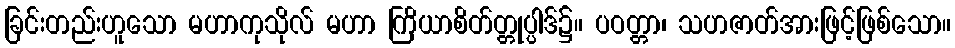
ခြင်းတည်းဟူသော မဟာကုသိုလ် မဟာ ကြိယာစိတ်တ္တုပ္ပါဒ်၌။ ပဝတ္တာ၊ သဟဇာတ်အားဖြင့်ဖြစ်သော။